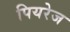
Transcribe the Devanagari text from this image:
पियरेज